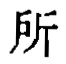
所